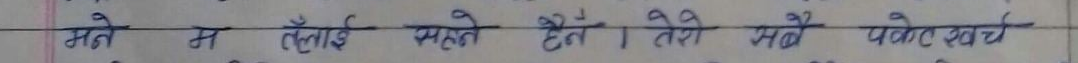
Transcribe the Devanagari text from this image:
मैले म तँलाई महसूस। हैन तेरी सबै पोते खर्च